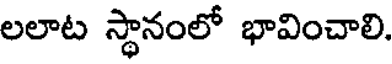
లలాట స్థానంలో భావించాలి.